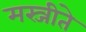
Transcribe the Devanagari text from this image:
मस्जीते